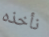
نأخذه